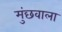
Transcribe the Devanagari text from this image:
मुंछवाला